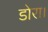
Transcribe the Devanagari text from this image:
डोरा।